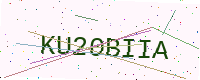
Text: KU20BIIA